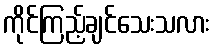
ကိုင်ကြည့်ချင်သေးသလား